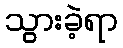
သွားခဲ့ရာ